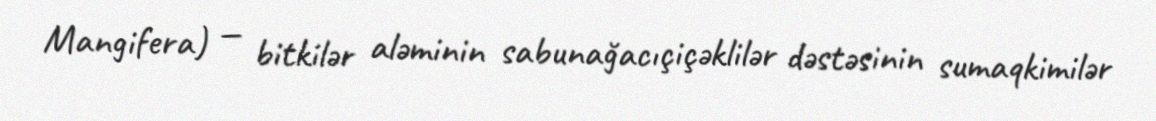
Mangifera) — bitkilər aləminin sabunağacıçiçəklilər dəstəsinin sumaqkimilər